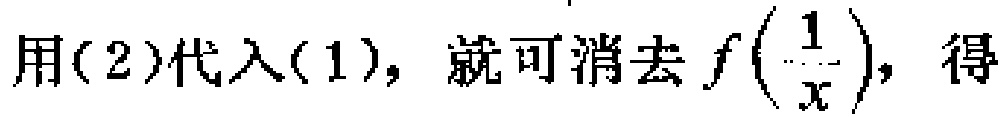
用(2)代入(1)，就可消去\(f\left(\frac{1}{x}\right)\)，得